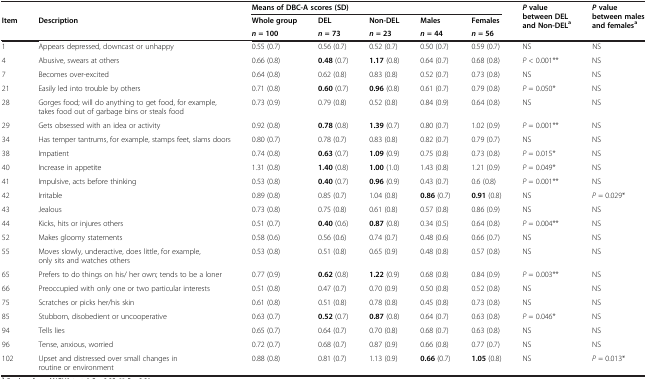
<table><thead><tr><td colspan="2"><b> </b></td><td colspan="5"><b>Means of DBC-A scores (SD)</b></td><td rowspan="3"><b><i>P </i>value between DEL and Non-DEL<sup>a</sup></b></td><td rowspan="3"><b><i>P </i>value between males and females<sup>a</sup></b></td></tr><tr><td rowspan="2"><b>Item</b></td><td rowspan="2"><b>Description</b></td><td><b>Whole group</b></td><td><b>DEL</b></td><td><b>Non-DEL</b></td><td><b>Males</b></td><td><b>Females</b></td></tr><tr><td><b><i>n </i>= 100</b></td><td><b><i>n </i>= 73</b></td><td><b><i>n </i>= 23</b></td><td><b><i>n </i>= 44</b></td><td><b><i>n </i>= 56</b></td></tr></thead><tbody><tr><td>1</td><td>Appears depressed, downcast or unhappy</td><td>0.55 (0.7)</td><td>0.56 (0.7)</td><td>0.52 (0.7)</td><td>0.50 (0.7)</td><td>0.59 (0.7)</td><td>NS</td><td>NS</td></tr><tr><td>4</td><td>Abusive, swears at others</td><td>0.66 (0.8)</td><td><b>0.48</b> (0.7)</td><td><b>1.17</b> (0.8)</td><td>0.64 (0.7)</td><td>0.68 (0.8)</td><td><i>P</i> &lt; 0.001**</td><td>NS</td></tr><tr><td>7</td><td>Becomes over-excited</td><td>0.64 (0.8)</td><td>0.62 (0.8)</td><td>0.83 (0.8)</td><td>0.52 (0.7)</td><td>0.73 (0.8)</td><td>NS</td><td>NS</td></tr><tr><td>21</td><td>Easily led into trouble by others</td><td>0.71 (0.8)</td><td><b>0.60</b> (0.7)</td><td><b>0.96</b> (0.8)</td><td>0.61 (0.7)</td><td>0.79 (0.8)</td><td><i>P</i> = 0.050*</td><td>NS</td></tr><tr><td>28</td><td>Gorges food; will do anything to get food, for example, takes food out of garbage bins or steals food</td><td>0.73 (0.9)</td><td>0.79 (0.8)</td><td>0.52 (0.8)</td><td>0.84 (0.9)</td><td>0.64 (0.8)</td><td>NS</td><td>NS</td></tr><tr><td>29</td><td>Gets obsessed with an idea or activity</td><td>0.92 (0.8)</td><td><b>0.78</b> (0.8)</td><td><b>1.39</b> (0.7)</td><td>0.80 (0.7)</td><td>1.02 (0.9)</td><td><i>P</i> = 0.001**</td><td>NS</td></tr><tr><td>34</td><td>Has temper tantrums, for example, stamps feet, slams doors</td><td>0.80 (0.7)</td><td>0.78 (0.7)</td><td>0.83 (0.8)</td><td>0.82 (0.7)</td><td>0.79 (0.7)</td><td>NS</td><td>NS</td></tr><tr><td>38</td><td>Impatient</td><td>0.74 (0.8)</td><td><b>0.63</b> (0.7)</td><td><b>1.09</b> (0.9)</td><td>0.75 (0.8)</td><td>0.73 (0.8)</td><td><i>P</i> = 0.015*</td><td>NS</td></tr><tr><td>40</td><td>Increase in appetite</td><td>1.31 (0.8)</td><td><b>1.40</b> (0.8)</td><td><b>1.00</b> (1.0)</td><td>1.43 (0.8)</td><td>1.21 (0.9)</td><td><i>P</i> = 0.049*</td><td>NS</td></tr><tr><td>41</td><td>Impulsive, acts before thinking</td><td>0.53 (0.8)</td><td><b>0.40</b> (0.7)</td><td><b>0.96</b> (0.9)</td><td>0.43 (0.7)</td><td>0.6 (0.8)</td><td><i>P</i> = 0.001**</td><td>NS</td></tr><tr><td>42</td><td>Irritable</td><td>0.89 (0.8)</td><td>0.85 (0.7)</td><td>1.04 (0.8)</td><td><b>0.86</b> (0.7)</td><td><b>0.91</b> (0.8)</td><td>NS</td><td><i>P</i> = 0.029*</td></tr><tr><td>43</td><td>Jealous</td><td>0.73 (0.8)</td><td>0.75 (0.8)</td><td>0.61 (0.8)</td><td>0.57 (0.8)</td><td>0.86 (0.9)</td><td>NS</td><td>NS</td></tr><tr><td>44</td><td>Kicks, hits or injures others</td><td>0.51 (0.7)</td><td><b>0.40</b> (0.6)</td><td><b>0.87</b> (0.8)</td><td>0.34 (0.5)</td><td>0.64 (0.8)</td><td><i>P</i> = 0.004**</td><td>NS</td></tr><tr><td>52</td><td>Makes gloomy statements</td><td>0.58 (0.6)</td><td>0.56 (0.6)</td><td>0.74 (0.7)</td><td>0.48 (0.6)</td><td>0.66 (0.7)</td><td>NS</td><td>NS</td></tr><tr><td>55</td><td>Moves slowly, underactive, does little, for example, only sits and watches others</td><td>0.53 (0.8)</td><td>0.51 (0.8)</td><td>0.65 (0.9)</td><td>0.48 (0.8)</td><td>0.57 (0.8)</td><td>NS</td><td>NS</td></tr><tr><td>65</td><td>Prefers to do things on his/ her own; tends to be a loner</td><td>0.77 (0.9)</td><td><b>0.62</b> (0.8)</td><td><b>1.22</b> (0.9)</td><td>0.68 (0.8)</td><td>0.84 (0.9)</td><td><i>P</i> = 0.003**</td><td>NS</td></tr><tr><td>66</td><td>Preoccupied with only one or two particular interests</td><td>0.51 (0.8)</td><td>0.47 (0.7)</td><td>0.70 (0.9)</td><td>0.50 (0.8)</td><td>0.52 (0.8)</td><td>NS</td><td>NS</td></tr><tr><td>75</td><td>Scratches or picks her/his skin</td><td>0.61 (0.8)</td><td>0.51 (0.8)</td><td>0.78 (0.8)</td><td>0.45 (0.8)</td><td>0.73 (0.8)</td><td>NS</td><td>NS</td></tr><tr><td>85</td><td>Stubborn, disobedient or uncooperative</td><td>0.63 (0.7)</td><td><b>0.52</b> (0.7)</td><td><b>0.87</b> (0.8)</td><td>0.64 (0.7)</td><td>0.63 (0.8)</td><td><i>P</i> = 0.046*</td><td>NS</td></tr><tr><td>94</td><td>Tells lies</td><td>0.65 (0.7)</td><td>0.64 (0.7)</td><td>0.70 (0.8)</td><td>0.68 (0.7)</td><td>0.63 (0.8)</td><td>NS</td><td>NS</td></tr><tr><td>96</td><td>Tense, anxious, worried</td><td>0.72 (0.7)</td><td>0.68 (0.7)</td><td>0.87 (0.9)</td><td>0.66 (0.8)</td><td>0.77 (0.7)</td><td>NS</td><td>NS</td></tr><tr><td>102</td><td>Upset and distressed over small changes in routine or environment</td><td>0.88 (0.8)</td><td>0.81 (0.7)</td><td>1.13 (0.9)</td><td><b>0.66</b> (0.7)</td><td><b>1.05</b> (0.8)</td><td>NS</td><td><i>P</i> = 0.013*</td></tr></tbody></table>